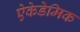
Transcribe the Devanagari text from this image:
ऐकेडेमिक